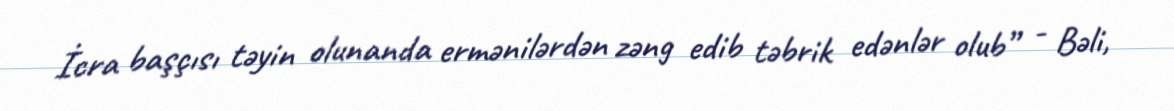
İcra başçısı təyin olunanda ermənilərdən zəng edib təbrik edənlər olub” - Bəli,